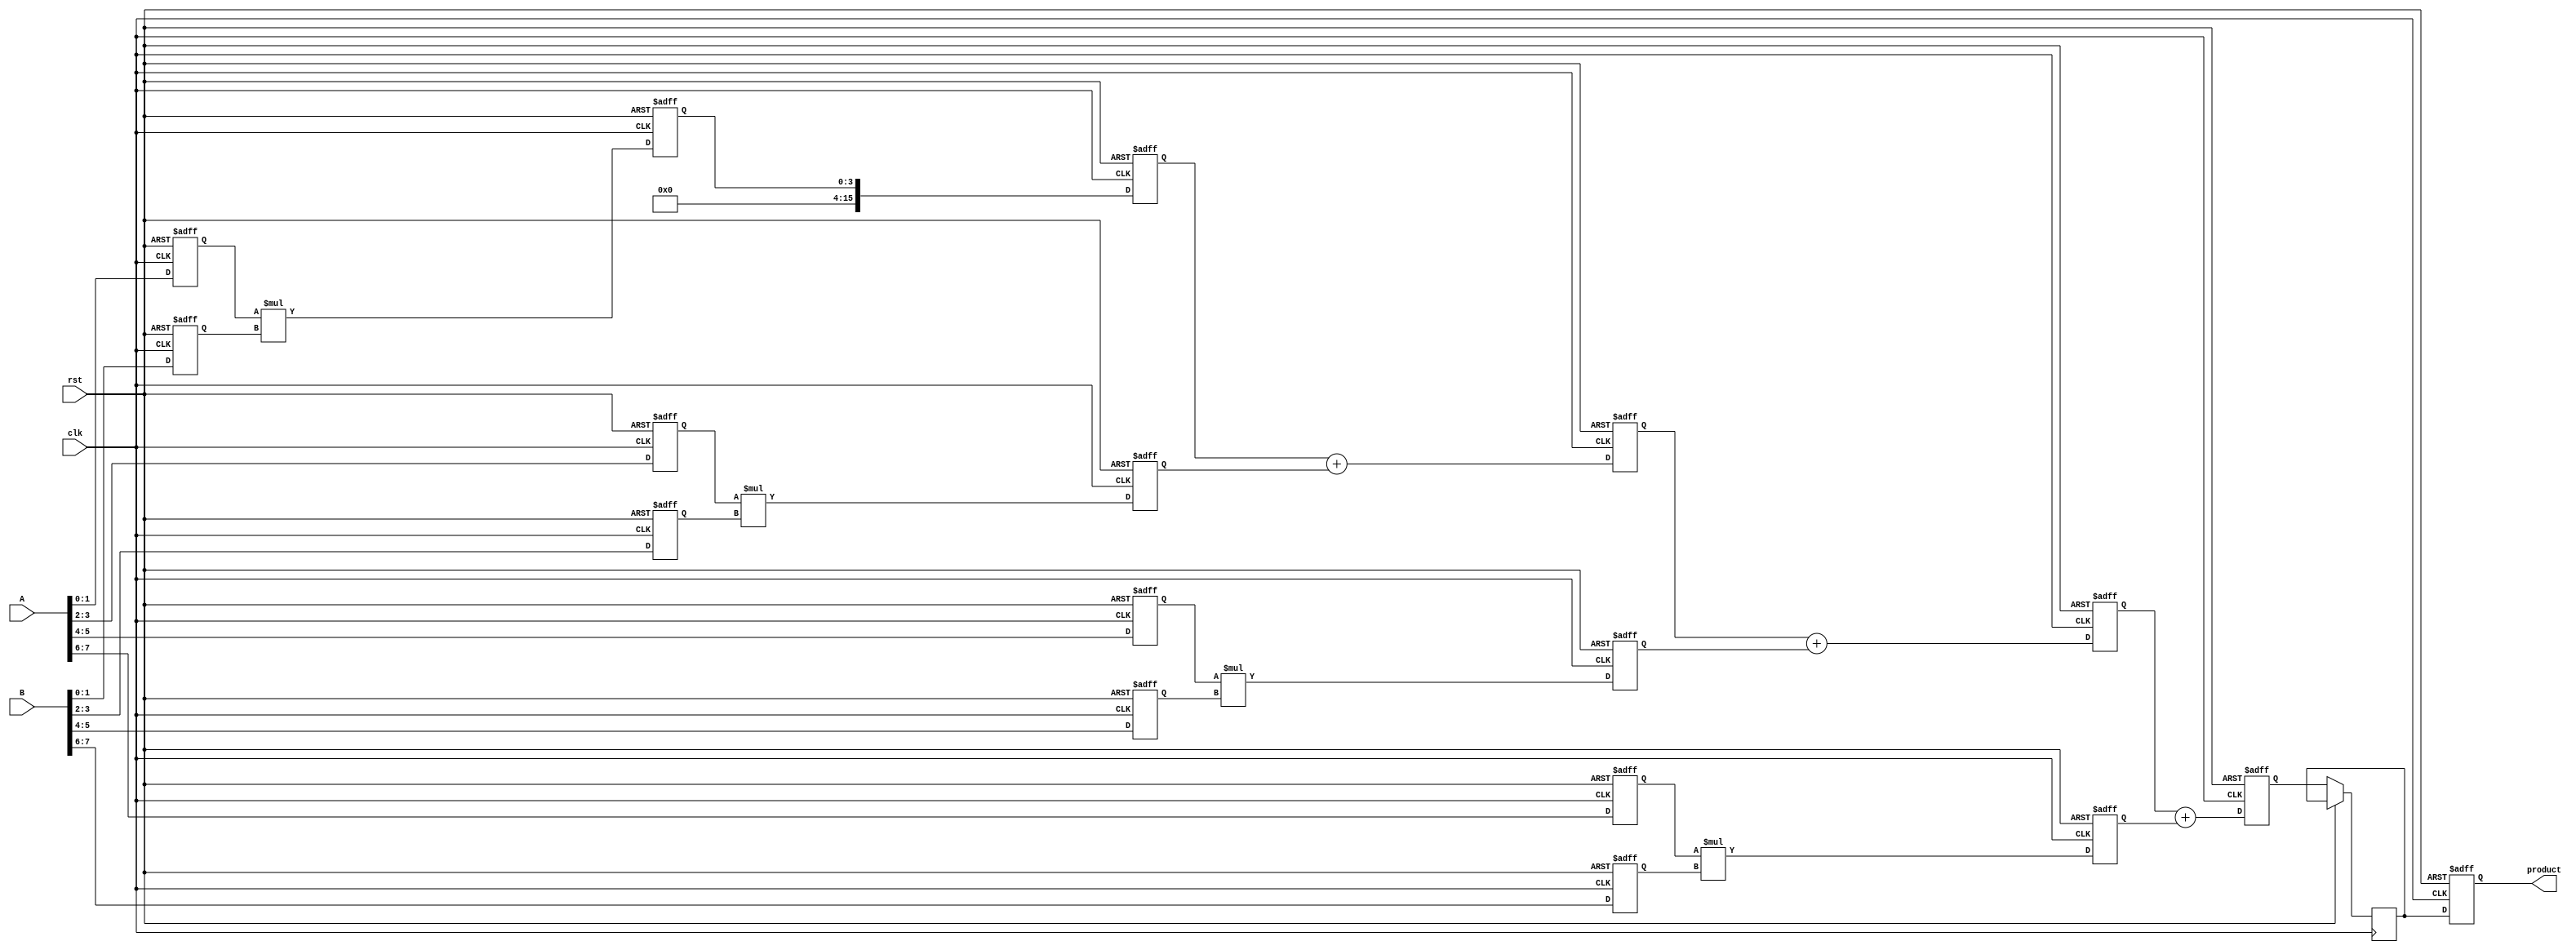
module pipelined_sliced_multiplier #(
    parameter WIDTH = 8,  // Width of the operands
    parameter SLICES = 4  // Number of slices
)(
    input clk,
    input rst,
    input [WIDTH-1:0] A,
    input [WIDTH-1:0] B,
    output reg [2*WIDTH-1:0] product
);

    // Internal signals
    reg [WIDTH/SLICES-1:0] A_slice [0:SLICES-1];
    reg [WIDTH/SLICES-1:0] B_slice [0:SLICES-1];
    reg [2*(WIDTH/SLICES)-1:0] partial_product [0:SLICES-1];
    reg [2*WIDTH-1:0] accum [0:SLICES-1];

    // Pipeline registers
    reg [2*WIDTH-1:0] stage1 [0:SLICES-1];
    reg [2*WIDTH-1:0] stage2 [0:SLICES-1];
    reg [2*WIDTH-1:0] stage3;

    // Slice the inputs
    integer i;
    always @(posedge clk or posedge rst) begin
        if (rst) begin
            for (i = 0; i < SLICES; i = i + 1) begin
                A_slice[i] <= 0;
                B_slice[i] <= 0;
                partial_product[i] <= 0;
                accum[i] <= 0;
            end
            product <= 0;
        end else begin
            // Load slices
            for (i = 0; i < SLICES; i = i + 1) begin
                A_slice[i] <= A[(i+1)*WIDTH/SLICES-1 -: WIDTH/SLICES];
                B_slice[i] <= B[(i+1)*WIDTH/SLICES-1 -: WIDTH/SLICES];
            end

            // Stage 1: Partial product generation
            for (i = 0; i < SLICES; i = i + 1) begin
                partial_product[i] <= A_slice[i] * B_slice[i];
            end

            // Stage 2: Accumulate partial products
            for (i = 0; i < SLICES; i = i + 1) begin
                if (i == 0) begin
                    accum[i] <= partial_product[i];
                end else begin
                    accum[i] <= accum[i-1] + partial_product[i];
                end
            end

            // Stage 3: Final output
            stage3 <= accum[SLICES-1];
            product <= stage3;
        end
    end

endmodule